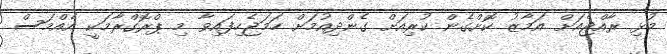
މުޅި ރާއްޖެއަށް އަމާޒު ކޮށްގެން ކުރިއަށް ގެންދިއުމަށް ހަމަޖެހިފައިވާ މި ޕްރޮގްރާމަކީ އެއްމަސް